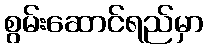
စွမ်းဆောင်ရည်မှာ